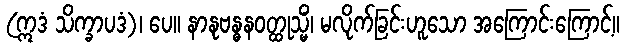
(ဣဒံ သိက္ခာပဒံ)၊ ပေ။ နာနုဗန္ဓနဝတ္ထုသ္မိံ၊ မလိုက်ခြင်းဟူသော အကြောင်းကြောင့်။